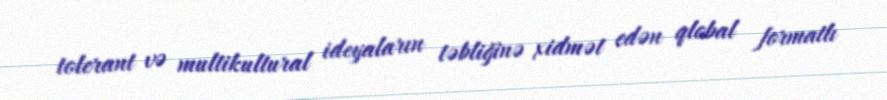
tolerant və multikultural ideyaların təbliğinə xidmət edən qlobal formatlı